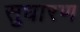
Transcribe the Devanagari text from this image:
सुधारण